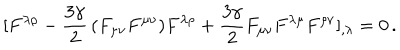
[ F ^ { \lambda \rho } - \frac { 3 \gamma } { 2 } \, ( F _ { \mu \nu } F ^ { \mu \nu } ) F ^ { \lambda \rho } + \frac { 3 \gamma } { 2 } F _ { \mu \nu } F ^ { \lambda \mu } F ^ { \rho \nu } ] _ { , \lambda } = 0 \, .